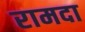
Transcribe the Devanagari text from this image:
रामदा